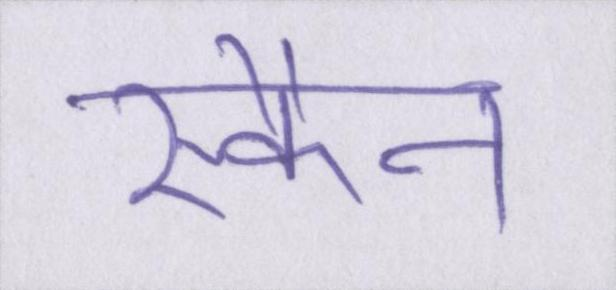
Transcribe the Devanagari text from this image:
स्कैन